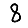
Digit: 8